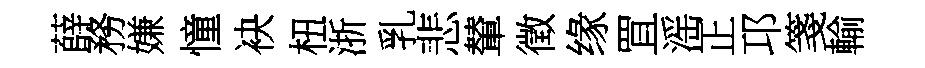
薛務嫌憧袂杻浙乳悲輦徵缘罝滛正邛箋輸